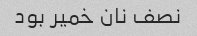
نصف نان خمیر بود